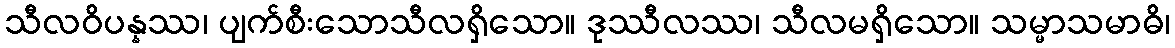
သီလဝိပန္နဿ၊ ပျက်စီးသောသီလရှိသော။ ဒုဿီလဿ၊ သီလမရှိသော။ သမ္မာသမာဓိ၊